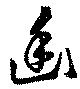
幽